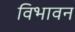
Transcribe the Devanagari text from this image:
विभावन